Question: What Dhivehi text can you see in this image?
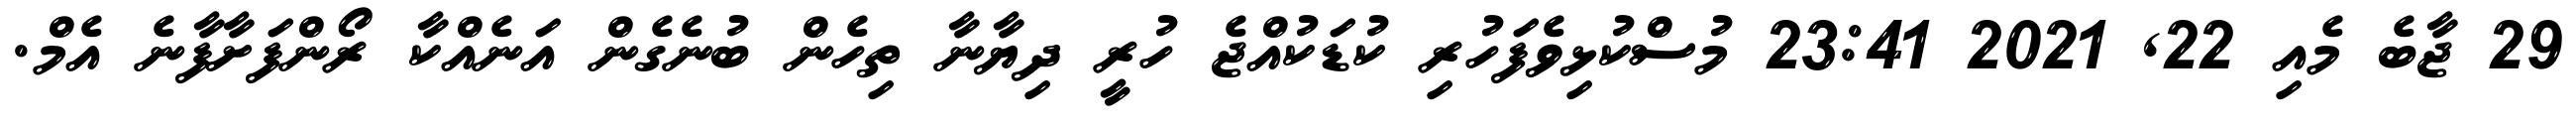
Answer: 29 ޖާބެ މެއި 22, 2021 23:41 މުސްކުޅިވެފަހުރި ކުޑަކުއްޖެ ހުރީ ދިޔާނާ ތިހެން ބުނެގެން އަނެއްކާ ރޯންފަށާފާނެ އެމް.